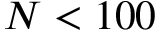
N < 1 0 0